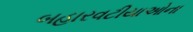
બહારવટીયાઓના